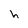
Character: h